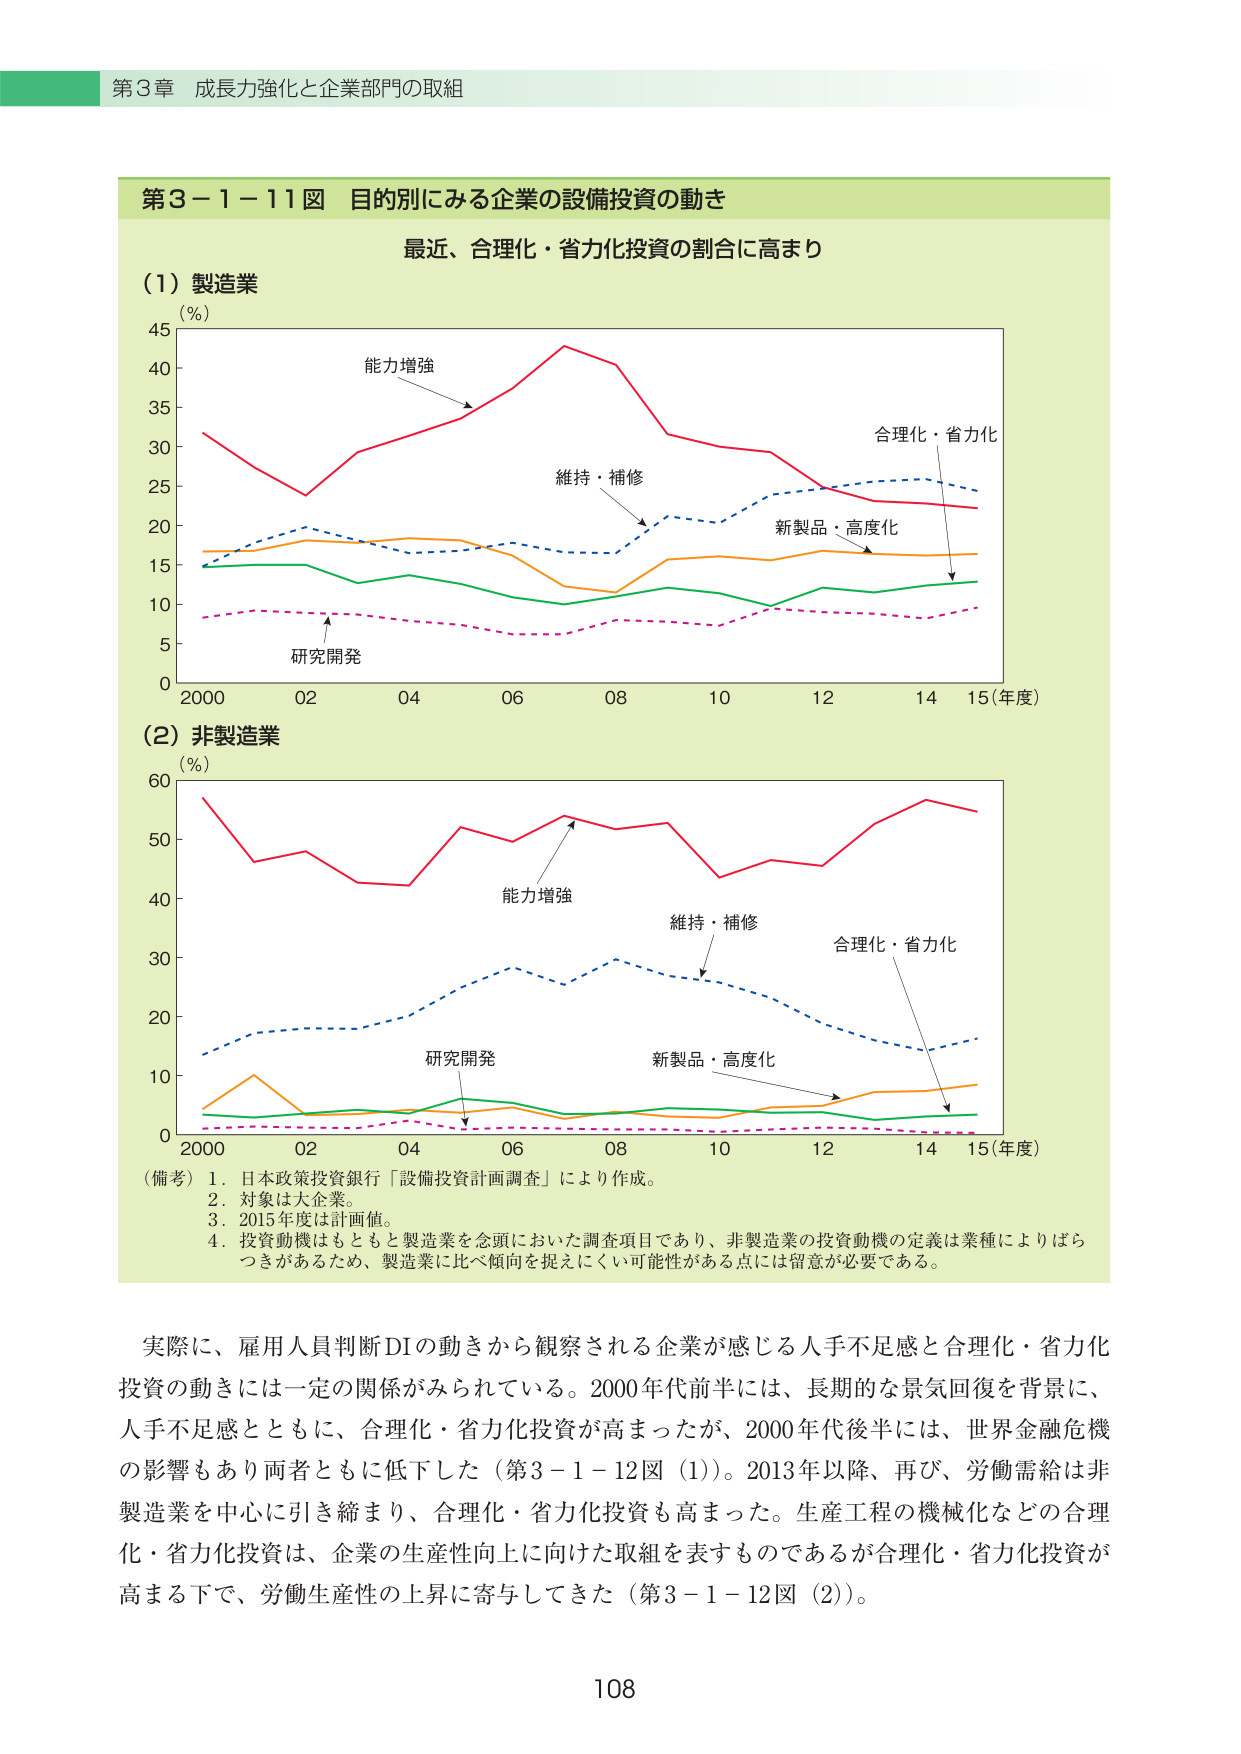
第3章 成長力強化と企業部門の取組

第3－1－11図 目的別にみる企業の設備投資の動き
最近、合理化・省力化投資の割合に高まり

(1) 製造業
(％)
45
40
35
30
25
20
15
10
5
0
2000 02 04 06 08 10 12 14 15（年度）
能力増強
維持・補修
合理化・省力化
新製品・高度化
研究開発

(2) 非製造業
(％)
60
50
40
30
20
10
0
2000 02 04 06 08 10 12 14 15（年度）
能力増強
維持・補修
合理化・省力化
新製品・高度化
研究開発

（備考）1．日本政策投資銀行「設備投資計画調査」により作成。
2．対象は大企業。
3．2015年度は計画値。
4．投資動機はもともと製造業を念頭においた調査項目であり、非製造業の投資動機の定義は業種によりばらつきがあるため、製造業に比べ傾向を捉えにくい可能性がある点には留意が必要である。

実際に、雇用人員判断DIの動きから観察される企業が感じる人手不足感と合理化・省力化投資の動きには一定の関係がみられている。2000年代前半には、長期的な景気回復を背景に、人手不足感とともに、合理化・省力化投資が高まったが、2000年代後半には、世界金融危機の影響もあり両者ともに低下した（第3－1－12図（1））。2013年以降、再び、労働需給は非製造業を中心に引き締まり、合理化・省力化投資も高まった。生産工程の機械化などの合理化・省力化投資は、企業の生産性向上に向けた取組を表すものであるが合理化・省力化投資が高まる下で、労働生産性の上昇に寄与してきた（第3－1－12図（2））。

108